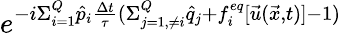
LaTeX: e^{-i\Sigma_{i=1}^{Q}\hat{p}_{i}\frac{\Delta t}{\tau}(\Sigma_{j=1,\neq i}^{Q}\hat{q}_{j}+f_{i}^{eq}[\vec{u}(\vec{x},t)]-1)}